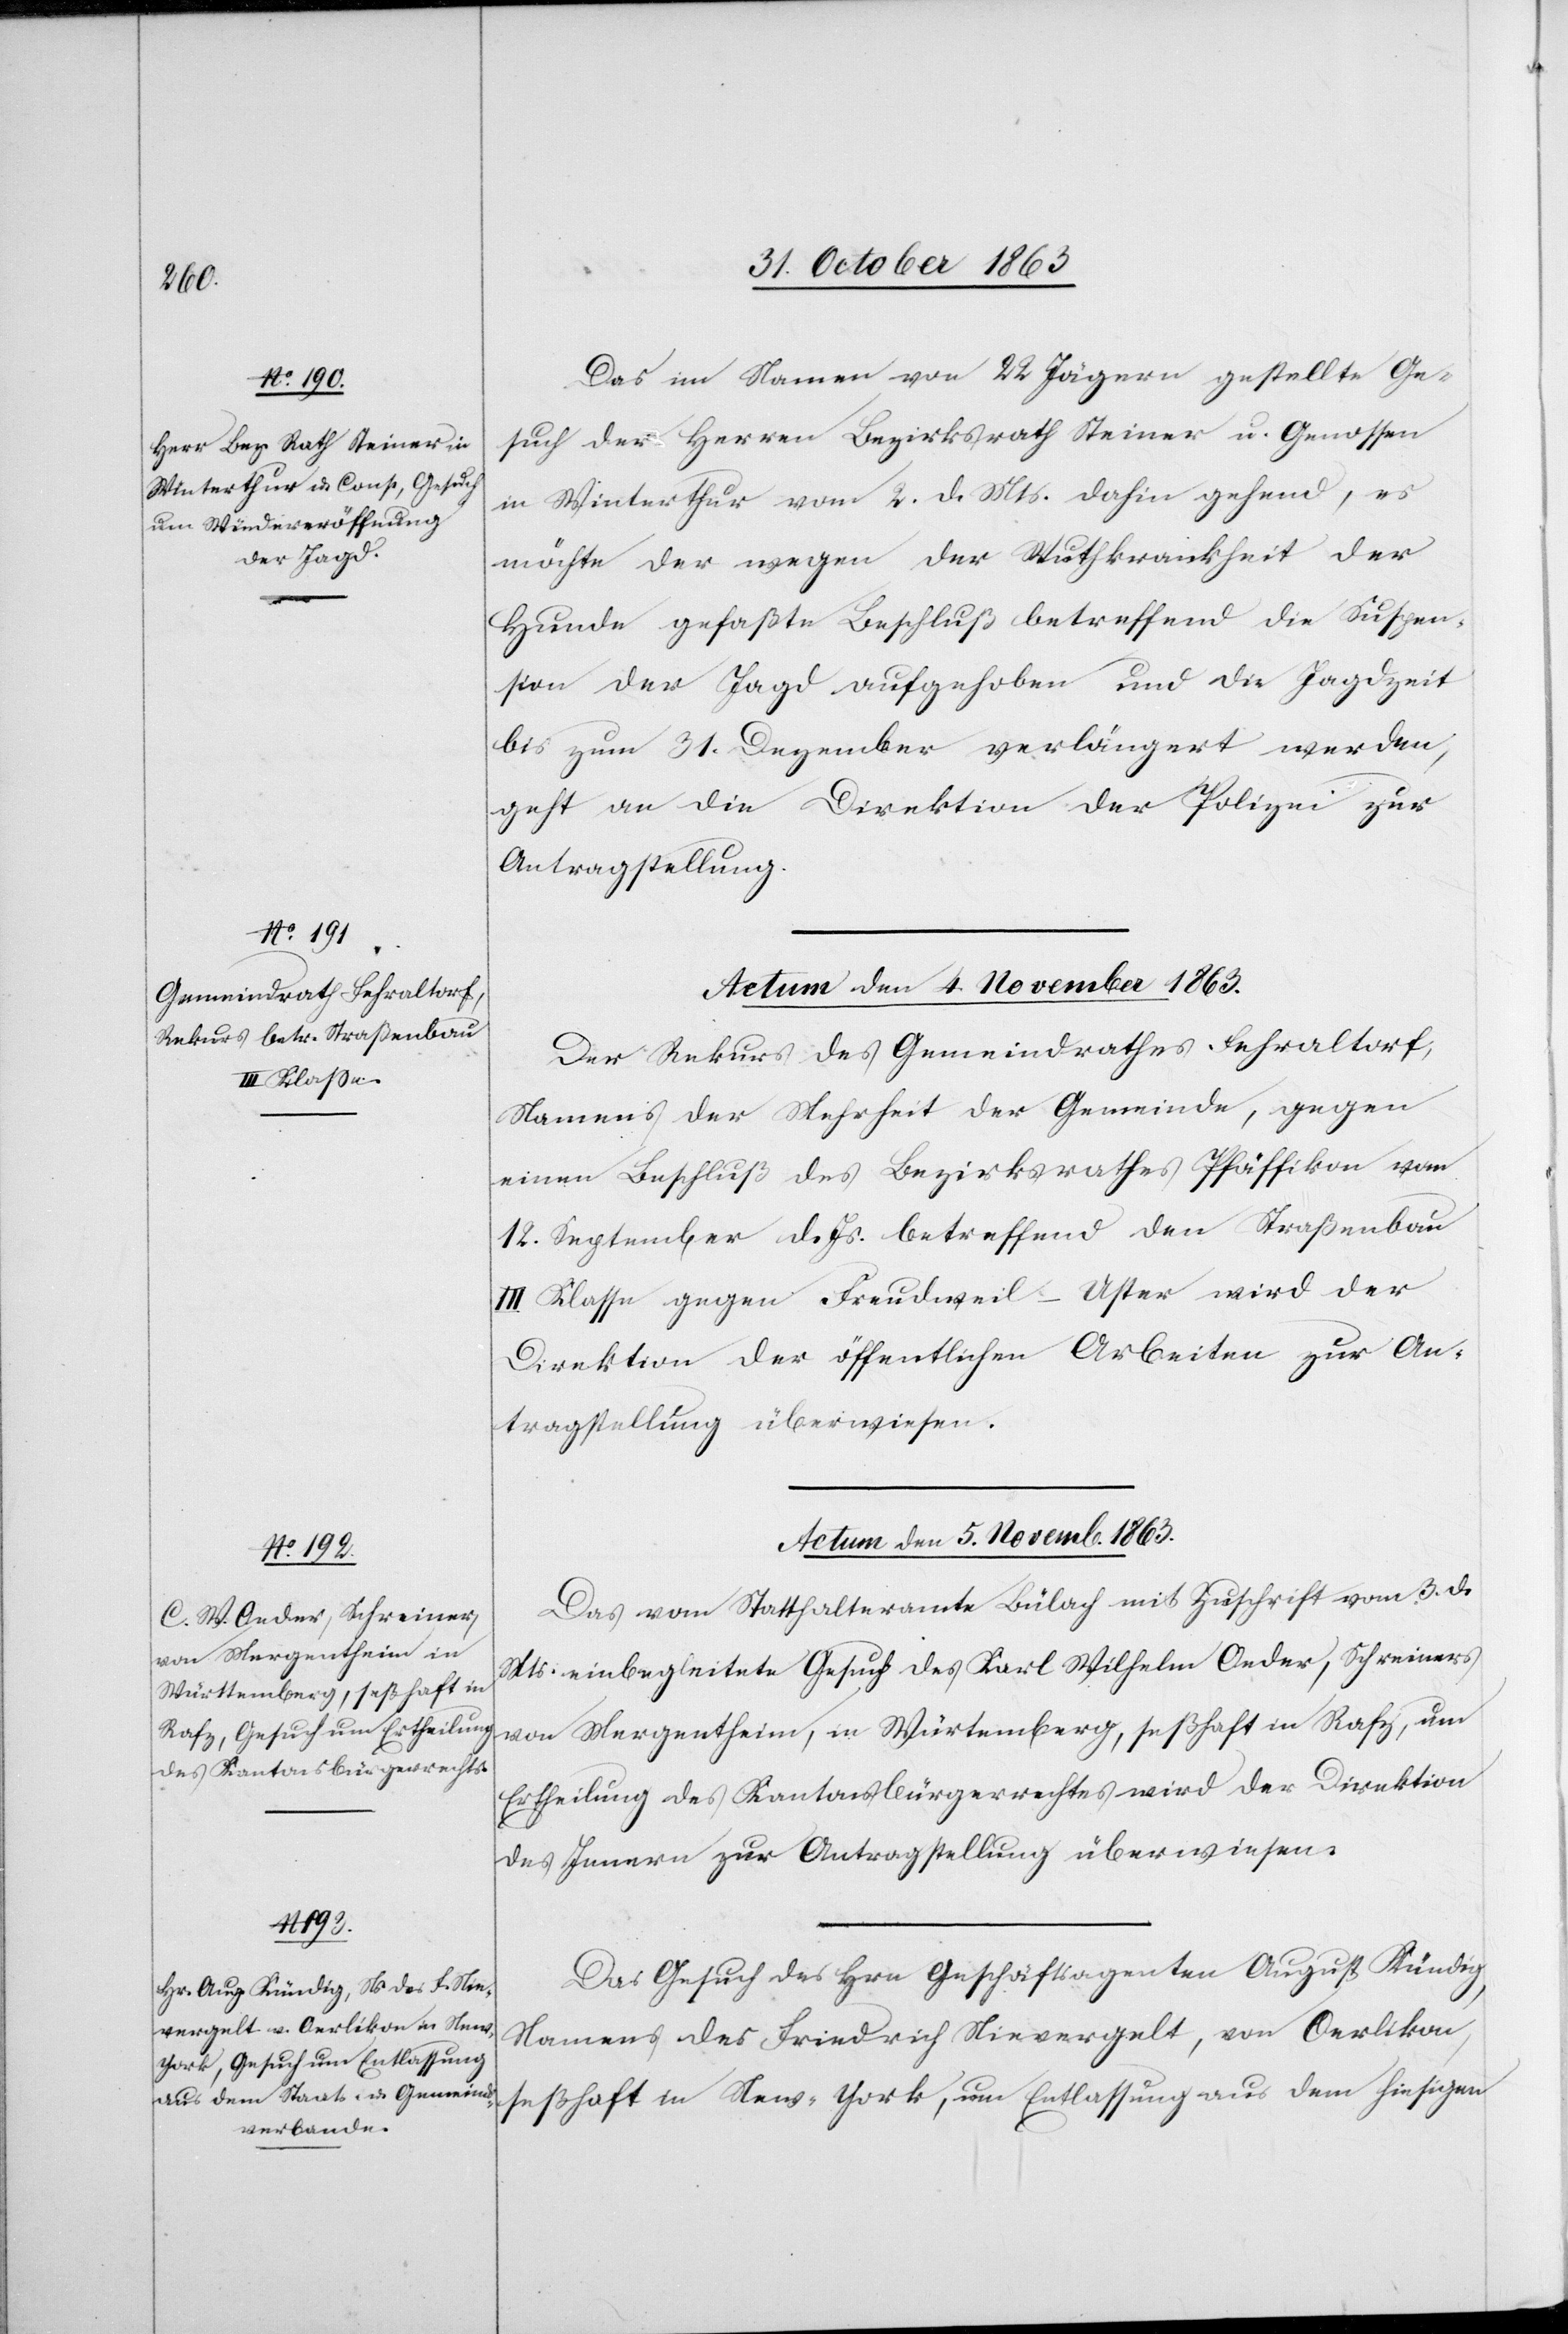
Das im Namen von 22 Jägern gestellte Ge¬
such der Herren Bezirksrath Steiner u. Genossen
in Winterthur vom 2. d. Mts. dahin gehend, es
möchte der wegen der Wuthkrankheit der
Hunde gefaßte Beschluß betreffend die Suspen¬
sion der Jagd aufgehoben und die Jagdzeit
bis zum 31. Dezember verlängert werden,
geht an die Direktion der Polizei zur
Antragstellung.
Actum den 4. November 1863.
Der Rekurs des Gemeindrathes Fehraltorf
Namens der Mehrheit der Gemeinde, gegen
einen Beschluß des Bezirksrathes Pfäffikon vom
12. September d. Js. betreffend den Straßenbau
III Klasse gegen Freudweil-Uster wird der
Direktion der öffentlichen Arbeiten zur An¬
tragstellung überwiesen.
Actum den 5. Novemb. 1863.]
Das vom Statthalteramte Bülach mit Zuschrift vom 3. d.
Mts. einbegleitete Gesuch des Karl Wilhelm Oeder, Schreiners
von Mergentheim, in Würtemberg, seßhaft in Rafz, um
Ertheilung des Kantonsbürgerrechtes wird der Direktion
des Innern zur Antragstellung überwiesen.
Das Gesuch des Hrn Geschäftsagenten August Kündig,
Namens des Friedrich Nievergelt, von Oerlikon,
seßhaft in New-York, um Entlassung aus dem hiesigen